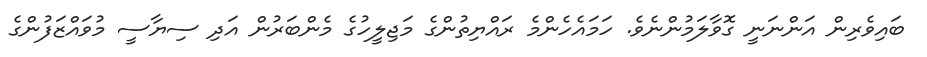
ބައިވެރިން އަންނަނީ ގޮވާލަމުންނެވެ. ހަމައެހެންމެ ރައްޔިތުންގެ މަޖިލީހުގެ މެންބަރުން އަދި ސިޔާސީ މުވައްޒަފުންގެ